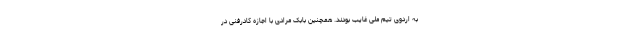
به اردوی تیم ملی غایب بودند. همچنین بابک مرادی با اجازه کادرفنی در